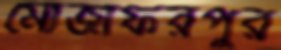
মোজাফরপুর